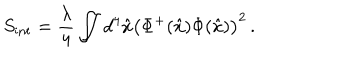
S _ { \mathrm { i n t } } = { \frac { \lambda } { 4 } } \int \! \! \! \! \! \int d ^ { 4 } \hat { x } \left( \Phi ^ { + } ( \hat { x } ) \Phi ( \hat { x } ) \right) ^ { 2 } \, .